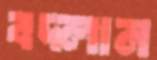
বদ্‌লান